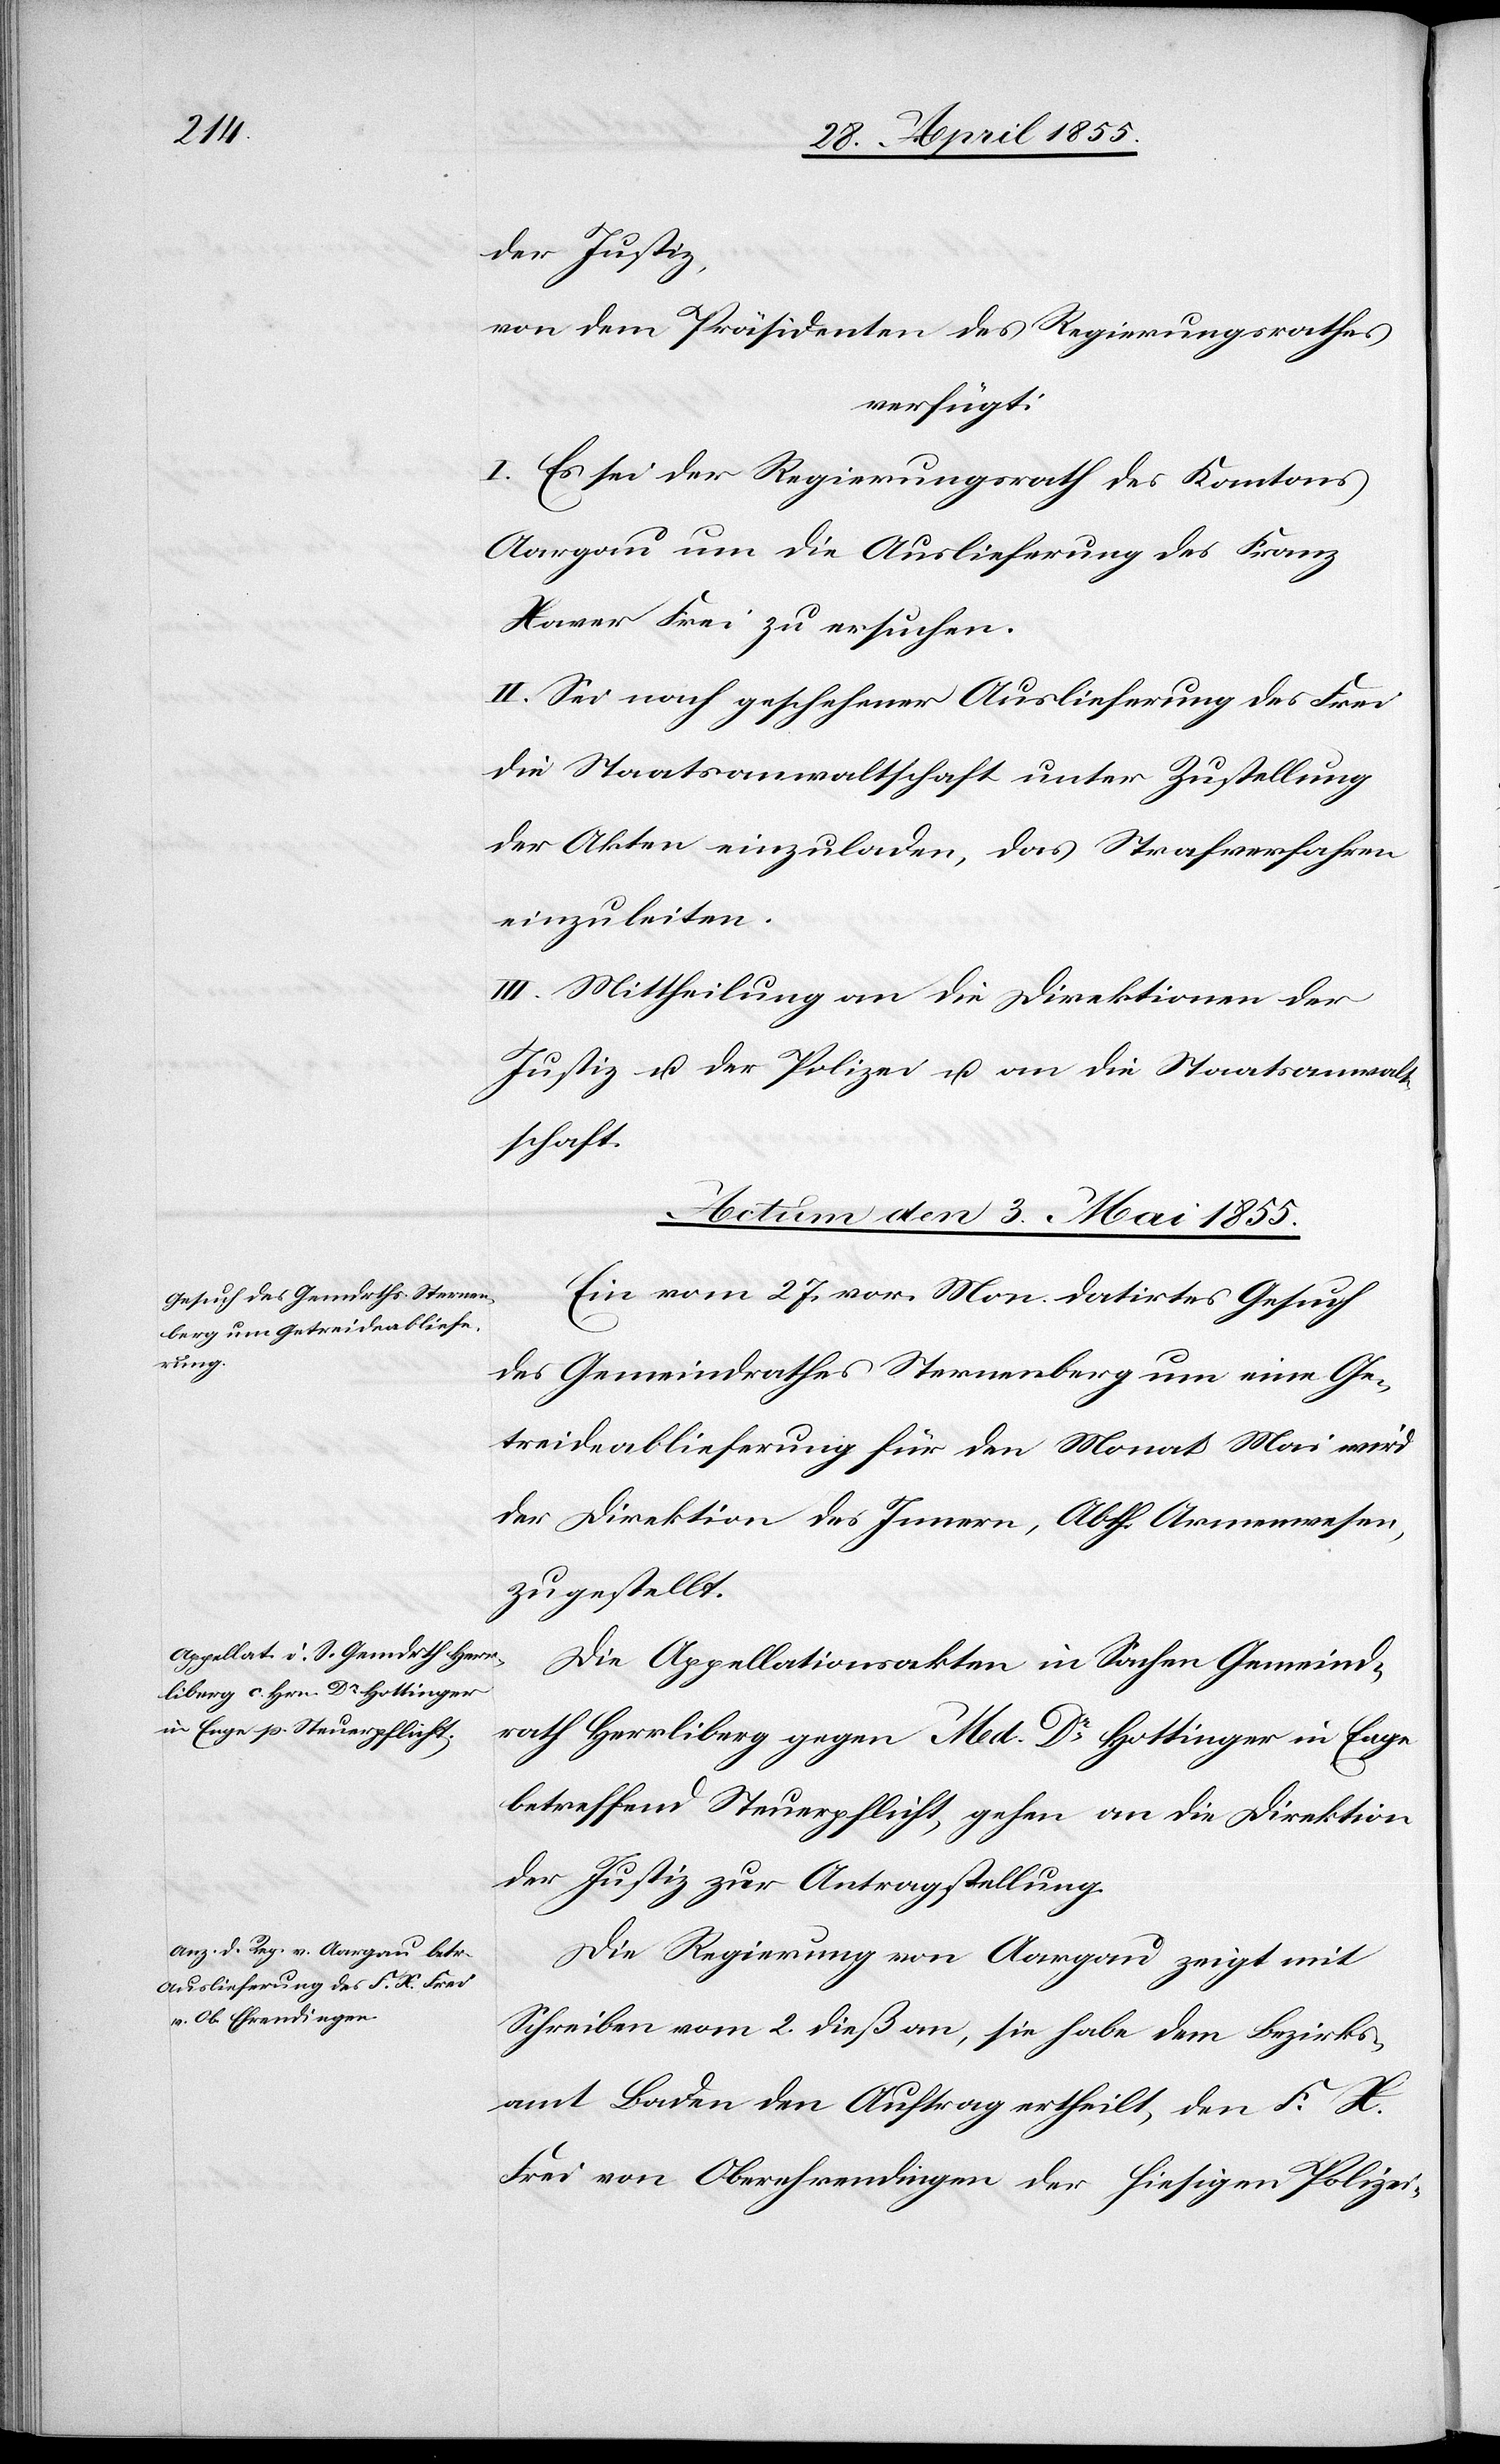
der Justiz,
von dem Präsidenten des Regierungsrathes
verfügt:
I. Es sei der Regierungsrath des Kantons
Aargau um die Auslieferung des Franz
Xaver Frei zu ersuchen.
II. Sei nach geschehener Auslieferung des Frei
die Staatsanwaltschaft unter Zustellung
der Akten einzuladen, das Strafverfahren
einzuleiten.
III. Mittheilung an die Direktionen der
Justiz u. der Polizei u. an die Staatsanwalt¬
schaft.
Actum den 3. Mai 1855.]
Ein vom 27. vor. Mon. datirtes Gesuch
des Gemeindrathes Sternenberg um eine Ge¬
treideablieferung für den Monat Mai wird
der Direktion des Innern, Abth. Armenwesen,
zugestellt.
Die Appellationsakten in Sachen Gemeind¬
rath Herrliberg gegen Med. Dr. Hottinger in Enge
betreffend Steuerpflicht, gehen an die Direktion
der Justiz zur Antragstellung.
Die Regierung von Aargau zeigt mit
Schreiben vom 2. dieß an, sie habe dem Bezirks¬
amt Baden den Auftrag ertheilt, den F. X.
Frei von Oberehrendingen der hiesigen Polizei-